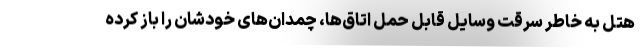
هتل به خاطر سرقت وسایل قابل حمل اتاق‌ها، چمدان‌های خودشان را باز کرده